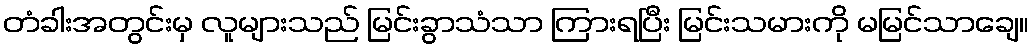
တံခါးအတွင်းမှ လူများသည် မြင်းခွာသံသာ ကြားရပြီး မြင်းသမားကို မမြင်သာချေ။